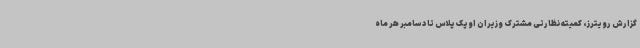
گزارش رویترز، کمیته نظارتی مشترک وزیران اوپک پلاس تا دسامبر هر ماه